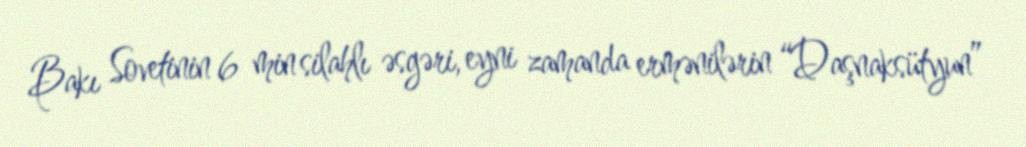
Bakı Sovetinin 6 min silahlı əsgəri, eyni zamanda ermənilərin “Daşnaksütyun”